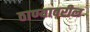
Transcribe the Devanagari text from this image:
ठाण्यावरील